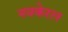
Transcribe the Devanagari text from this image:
नवकेरल